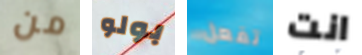
من بولو تفعل انت